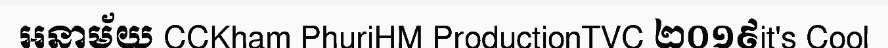
អនាម័យ CCKham PhuriHM ProductionTVC ២០១៩it's Cool